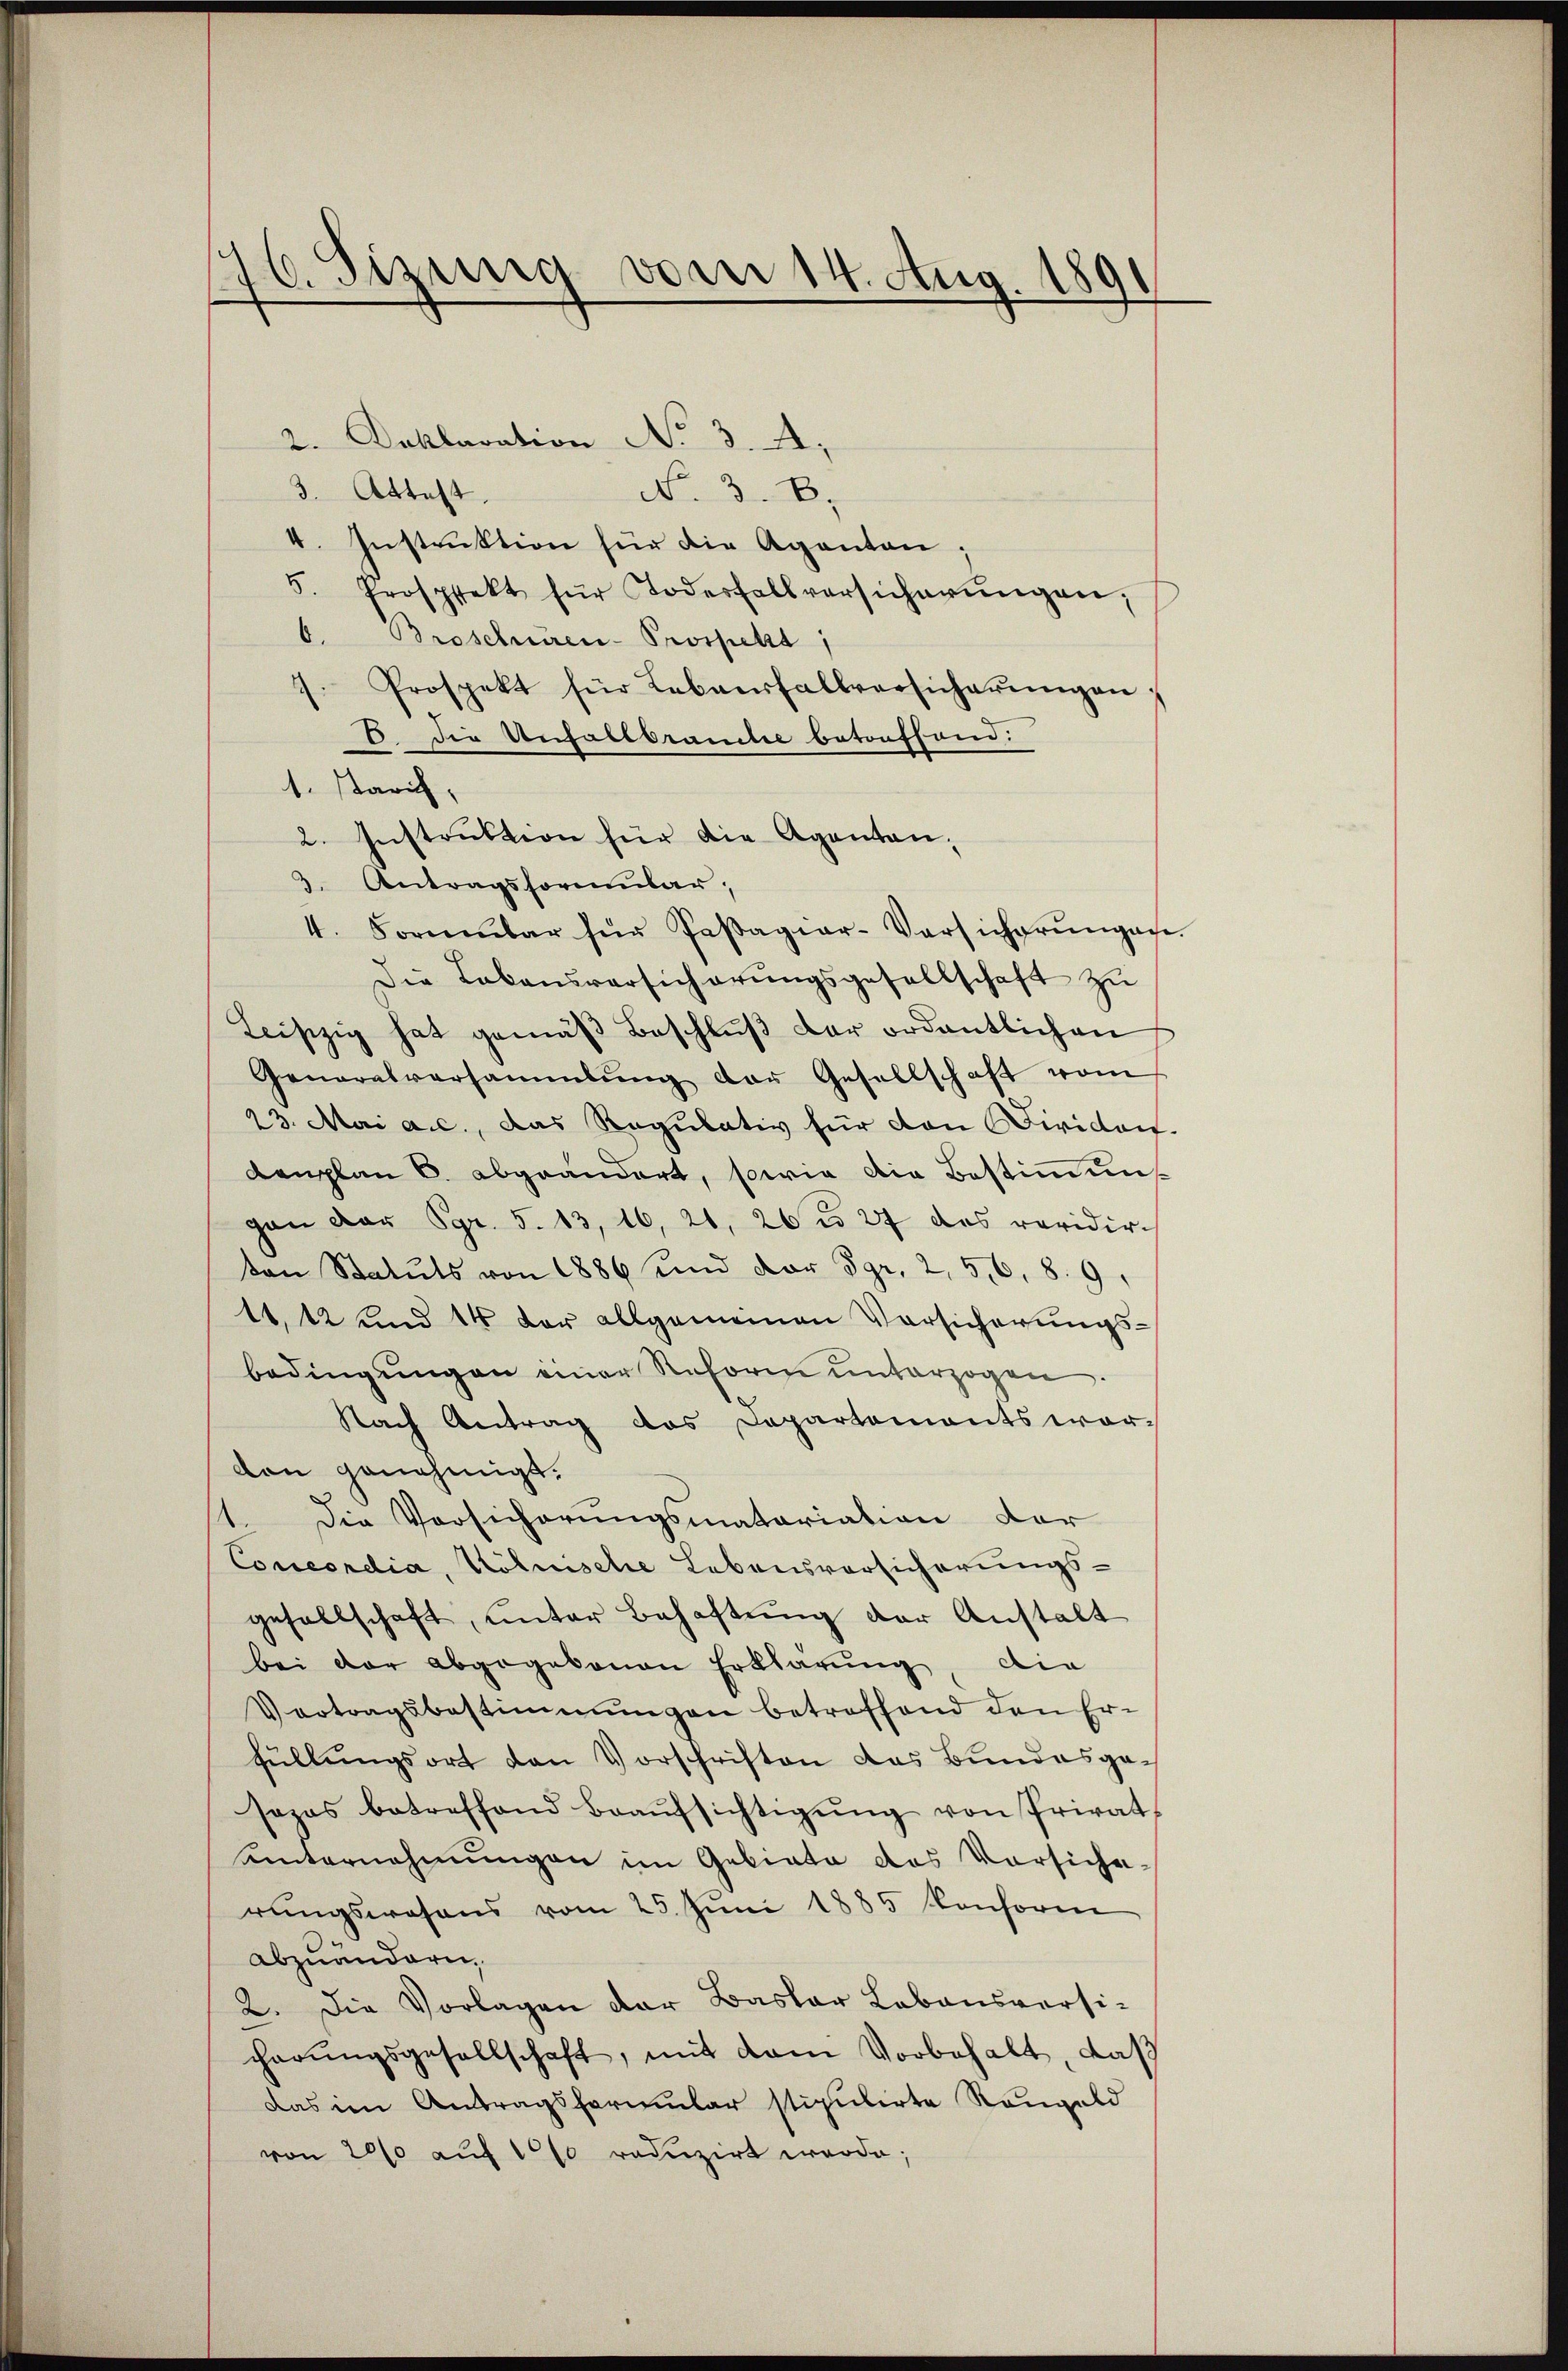
76. Sizung
vom 14. Aug. 1891

2. Deklaration No 3. A.
3. Attest
No. 3. B.
I. Instrŭktion für die Aganten;
5. Prospekt für Todesfallversicherŭngen,
6. Broschnüren-Prospekt
Prospekt für Lebensfallversicherŭngen:
E. Die Unfallbrauche betonffond.
1. Starich,
2. Instruktion für die Agentan-
3. Antragsformular,
4. Formenbar für Passagiar-Versicherŭngen.
Die Lebensversicherŭngsgesellschaft zŭ
Leiszig hat gemäβ Beschlŭβ der ordentlichen
Generalversammlung der Gesellschaft vom
23. Mai a.c., das Regulativ für den Cividon
denplan 6. abgeändert, sowie die Bestimmung
gan vor Sgr. 5. 13, 16, 21. 26 t 27 das revidirvon Statuts von 1886 und vor Sgr. 2, 516. 8. 9.
11, 12 und 14 der allgemeinen Versicherungsbedingungen einer Reform unterzogen
Nach Antrag das Departements wor-
von genehmigt.
1. Die Vorsicherungsmatariation der
Concordia, Kölinsche Lebensvorsicherungs-
gesellschaft, unter Behaftung der Anstalt
bei der abgegebenen Erklärung, die
Vertragsbestimmungen betreffend den Er-
füllungsort den Vorschriften das Bundesgesazas betreffend Beaŭfsichtigŭng von Privat
ŭnternehmungen im Gebiete des Versiche.
rŭngswesens vom 25. Jŭni 1885 konsoren
abzuändern,
2. Die Vorlagen der Basler Labansversi-
charŭngsgesellschaft, mit dem Vorbehalt, daß
Das im Antragsformular stipulirte Reugeld
von 2000 auf 100 reduzirt werde;